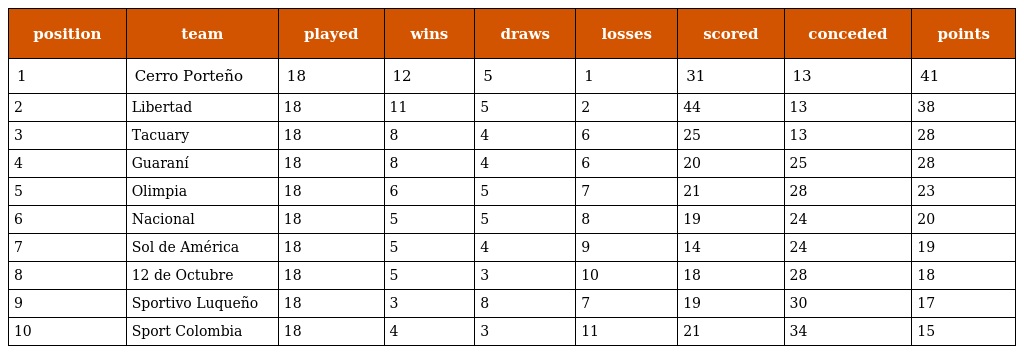
| position | team | played | wins | draws | losses | scored | conceded | points |
 | --- | --- | --- | --- | --- | --- | --- | --- | --- |
 | 1 | Cerro Porteño | 18 | 12 | 5 | 1 | 31 | 13 | 41 |
 | 2 | Libertad | 18 | 11 | 5 | 2 | 44 | 13 | 38 |
 | 3 | Tacuary | 18 | 8 | 4 | 6 | 25 | 13 | 28 |
 | 4 | Guaraní | 18 | 8 | 4 | 6 | 20 | 25 | 28 |
 | 5 | Olimpia | 18 | 6 | 5 | 7 | 21 | 28 | 23 |
 | 6 | Nacional | 18 | 5 | 5 | 8 | 19 | 24 | 20 |
 | 7 | Sol de América | 18 | 5 | 4 | 9 | 14 | 24 | 19 |
 | 8 | 12 de Octubre | 18 | 5 | 3 | 10 | 18 | 28 | 18 |
 | 9 | Sportivo Luqueño | 18 | 3 | 8 | 7 | 19 | 30 | 17 |
 | 10 | Sport Colombia | 18 | 4 | 3 | 11 | 21 | 34 | 15 |